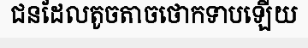
ជនដែលតូចតាចថោកទាបឡើយ